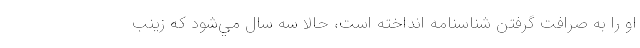
او را به صرافت گرفتن شناسنامه انداخته است، حالا سه سال مي‌شود كه زينب